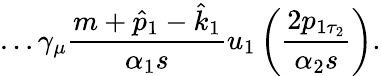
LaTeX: \dots\gamma_{\mu}\frac{m+\hat{p}_{1}-\hat{k}_{1}}{\alpha_{1}s}u_{1}\left(\frac{2p_{1\tau_{2}}}{\alpha_{2}s}\right).